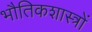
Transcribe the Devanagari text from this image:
भौतिकशास्त्रों